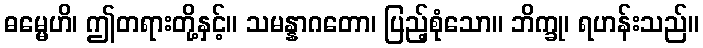
ဓမ္မေဟိ၊ ဤတရားတို့နှင့်။ သမန္နာဂတော၊ ပြည့်စုံသော။ ဘိက္ခု၊ ရဟန်းသည်။